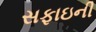
સફાઇની